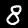
Digit: 8